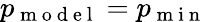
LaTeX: p_{\mathrm{~m~o~d~e~l~}}=p_{\mathrm{~m~i~n~}}